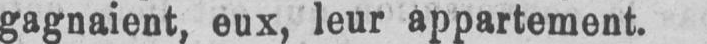
gagnaient, eux, leur appartement.